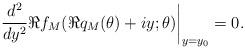
LaTeX: \begin{align*} \left.\frac{d^{2}}{d y^{2}} \Re{f_{M}(\Re{q_{M}(\theta)} + iy; \theta)}\right|_{y = y_{0}} = 0.\end{align*}